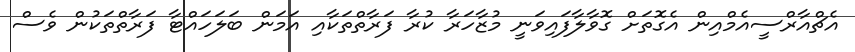
އެޗްއާރްސީއެމްއިން އެގޮތަށް ގޮވާލާފައިވަނީ މުޒާހަރާ ކުރާ ފަރާތްތަކާއި އަމަން ބަލަހައްޓާ ފަރާތްތަކުން ވެސް